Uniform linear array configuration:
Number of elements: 16
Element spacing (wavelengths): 0.5
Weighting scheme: hamming
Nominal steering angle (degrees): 45
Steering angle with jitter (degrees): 43.718
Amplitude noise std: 0.05
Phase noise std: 0.05

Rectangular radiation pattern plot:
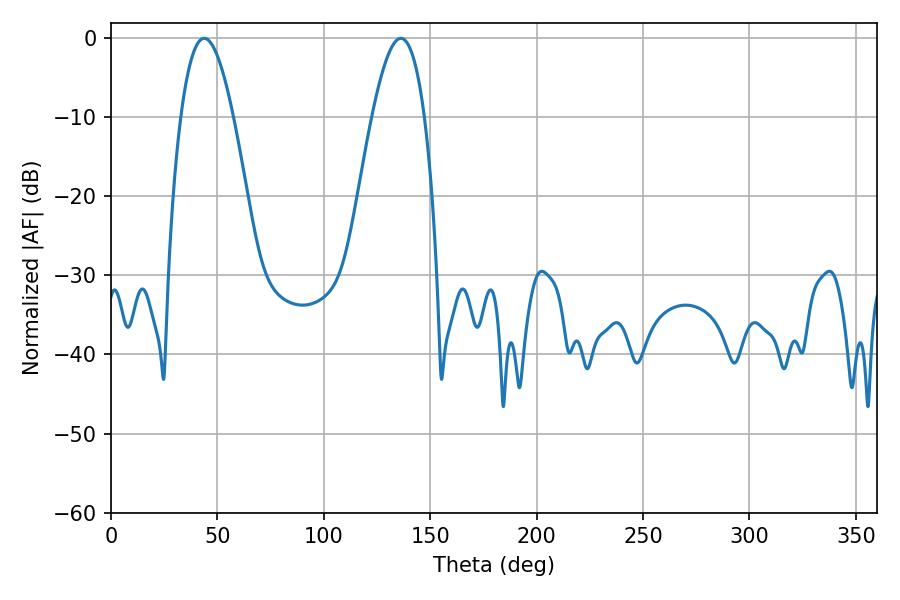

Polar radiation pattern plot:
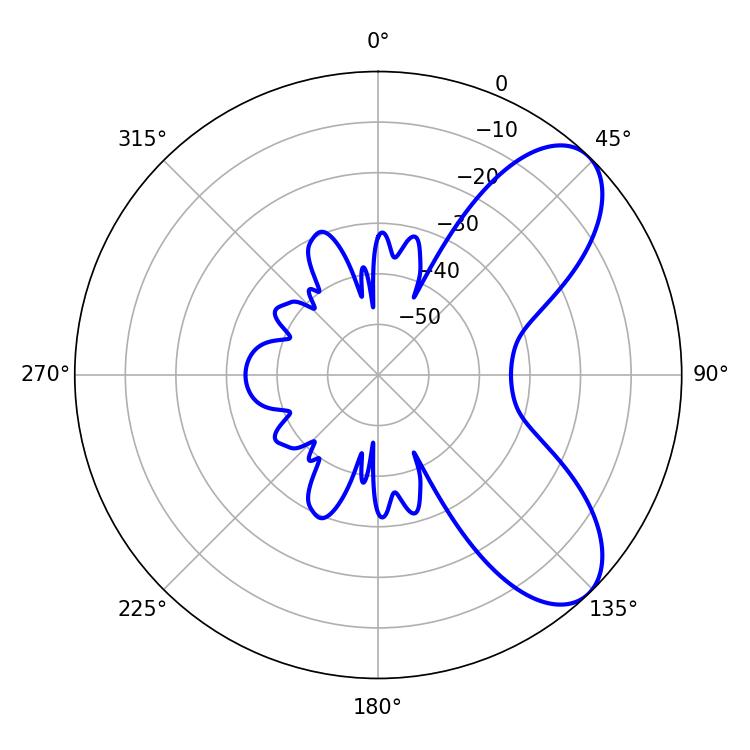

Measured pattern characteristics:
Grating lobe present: FALSE
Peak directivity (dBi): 7.51
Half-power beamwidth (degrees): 13.5
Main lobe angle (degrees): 43.74